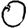
Digit: 0